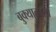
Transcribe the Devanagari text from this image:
बुक्याळाला